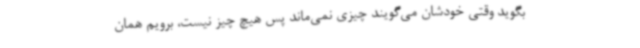
بگوید وقتی خودشان می‌گویند چیزی نمی‌ماند پس هیچ چیز نیست، برویم همان